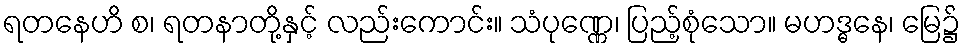
ရတနေဟိ စ၊ ရတနာတို့နှင့် လည်းကောင်း။ သံပုဏ္ဏေ၊ ပြည့်စုံသော။ မဟဒ္ဓနေ၊ မြေ၌